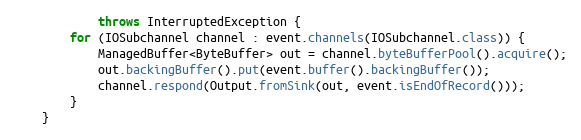
Language: Java
            throws InterruptedException {
        for (IOSubchannel channel : event.channels(IOSubchannel.class)) {
            ManagedBuffer<ByteBuffer> out = channel.byteBufferPool().acquire();
            out.backingBuffer().put(event.buffer().backingBuffer());
            channel.respond(Output.fromSink(out, event.isEndOfRecord()));
        }
    }